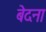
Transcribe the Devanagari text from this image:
बेदना